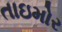
તાઇમોર